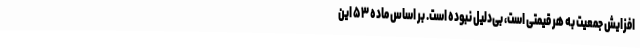
افزایش جمعیت به هر قیمتی است، بی‌دلیل نبوده است. بر اساس ماده ۵۳ این